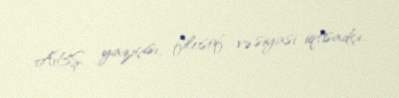
ABŞ yazıçısı, filosof və siyasi iqtisadçı.